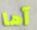
آها